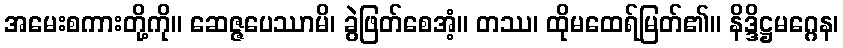
အမေးစကားတို့ကို။ ဆေဇ္ဇပေဿာမိ၊ ခွဲဖြတ်စေအံ့။ တဿ၊ ထိုမထေရ်မြတ်၏။ နိဒ္ဒိဋ္ဌမဂ္ဂေန၊